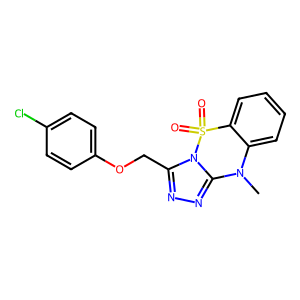
SMILES: CN1c2ccccc2S(=O)(=O)n2c(COc3ccc(Cl)cc3)nnc21
Inhibits HIV replication: No